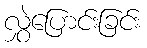
လွှဲပြောင်းခြင်း